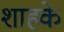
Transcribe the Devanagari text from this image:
शाहके